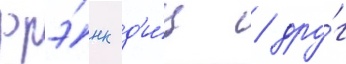
фрэ́нк д'и́ц / дру́г